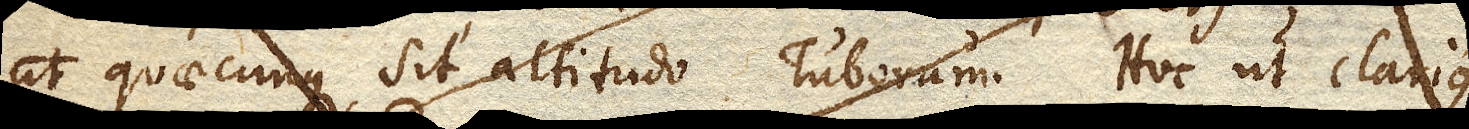
quaecunque sit altitudo Tuborum. Hoc ut clarius